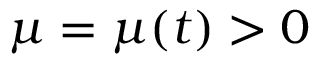
\mu = \mu ( t ) > 0